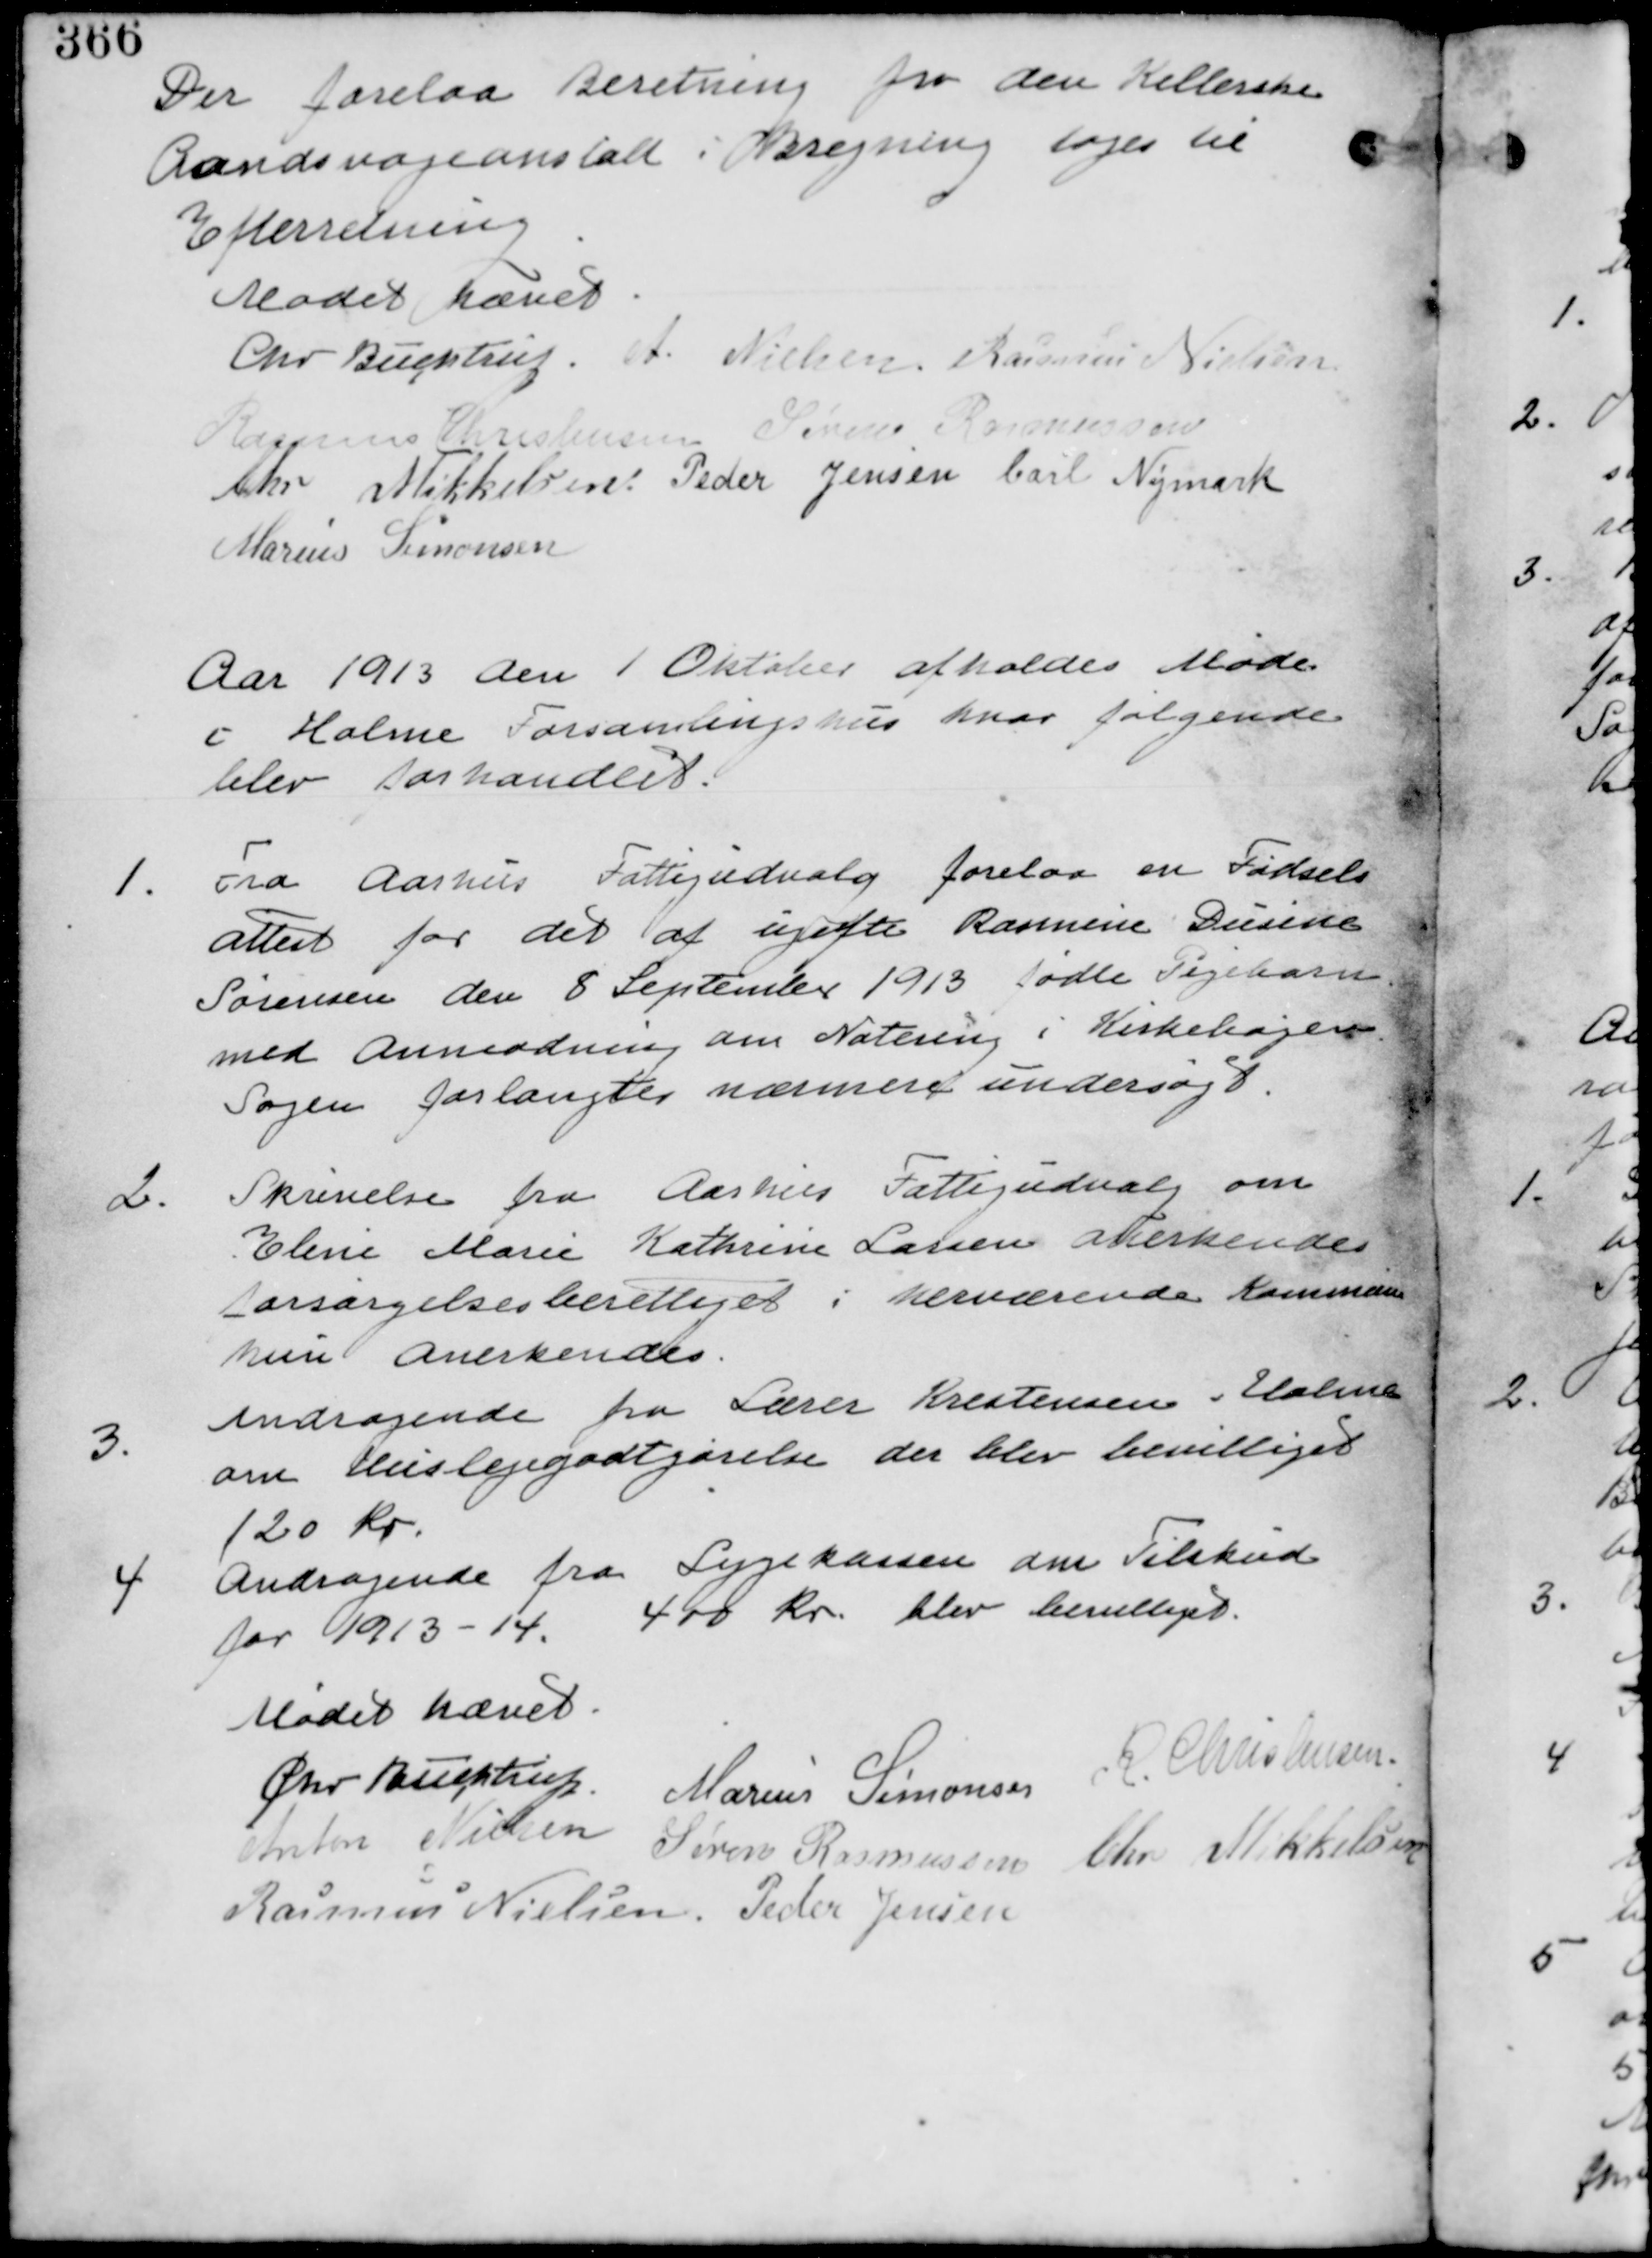
Transskription:
Der forelaa Beretning fra deen Kellerske
Aandsvageansstalt i Brejning tages til
Efterretning.

Mødet hævet
Chr Buchtrup. A Nielsen. Rasmus Nielsen
Rasmus Christensen Søren Rasmussen
Chr Mikkelsen Peder Jensen Carl Nymark
Marius Simonsen

Aaret 1913 den 1 Oktober afholdes Møde
i Holme Forsamlingshus hvor følgende
blev forhandlet.

1. Fra Aarhus Fattigudvalg forelaa en Fødsels-
attest for det af ugifte Rasmine Dusine
Sørensen den 8 September 1913 fødte Pigebarn
med anmodning om Notering i Kirkebøgerne
Sagen forlangtes nærmere undersøgt.

2. Skrivelse fra Aarhus Fattigudvalg om
Eline Marie Kathrine Larsen anerkendes
forsørgelsesberettiget i herværende Kommune
hun anerkendes.

3.
Andragende fra Lærer Krestensen i Holme
om Huslejegodtgørelse der blev bevilliget
120 Kr.

4. Andragende fra Sygekassen om Tilskud
for 1912-14. 400 Kr. blev bevilliget.

Mødet hævet
Chr Buchtrup. Marius Simonsen R. Christensen
Anton Nielsen Søren Rasmussen Chr Mikkelsen
Rasmus Nielsen. Peder Jensen